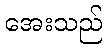
အေးသည်